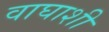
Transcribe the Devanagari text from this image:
वाघाशी